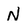
Character: N